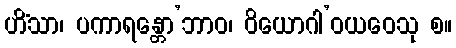
ဟိံသာ၊ ပကာရန္တော’ဘာဝ၊ ဝိယောဂါ’ဝယဝေသု စ။